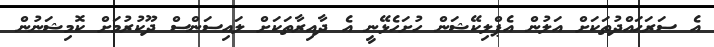
އެ ސަރަޙައްދުތަކަށް އަލުން އެޕްލިކޭޝަން ހުށަހެޅޭނީ އެ ދާއިރާތަކަށް ލައިސަންސް ދޫކުރުމަށް ކޮމިޝަނުން